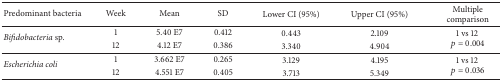
<table><thead><tr><td><b>Predominant bacteria</b></td><td><b>Week</b></td><td><b>Mean</b></td><td><b>SD</b></td><td><b>Lower CI (95%)</b></td><td><b>Upper CI (95%)</b></td><td><b>Multiple comparison</b></td></tr></thead><tbody><tr><td rowspan="2"><i>Bifidobacteria</i> sp.</td><td>1</td><td>5.40 E7</td><td>0.412</td><td>0.443</td><td>2.109</td><td rowspan="2">1 vs 12 <i>p</i> = 0.004</td></tr><tr><td>12</td><td>4.12 E7</td><td>0.386</td><td>3.340</td><td>4.904</td></tr><tr><td rowspan="2"><i>Escherichia coli</i></td><td>1</td><td>3.662 E7</td><td>0.265</td><td>3.129</td><td>4.195</td><td rowspan="2">1 vs 12 <i>p</i> = 0.036</td></tr><tr><td>12</td><td>4.551 E7</td><td>0.405</td><td>3.713</td><td>5.349</td></tr></tbody></table>